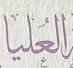
العليا